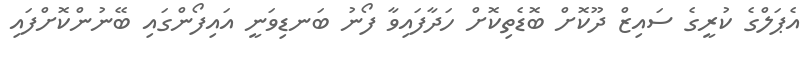
އެޕަލްގެ ކުރީގެ ސައިޒް ދޫކޮށް ބޮޑެތިކޮށް ހަދާފައިވާ ފޯނު ބަނޑިވަނީ އައިފޯންގައި ބޭނުންކޮށްފައި